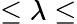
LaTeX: \leq\lambda\leq